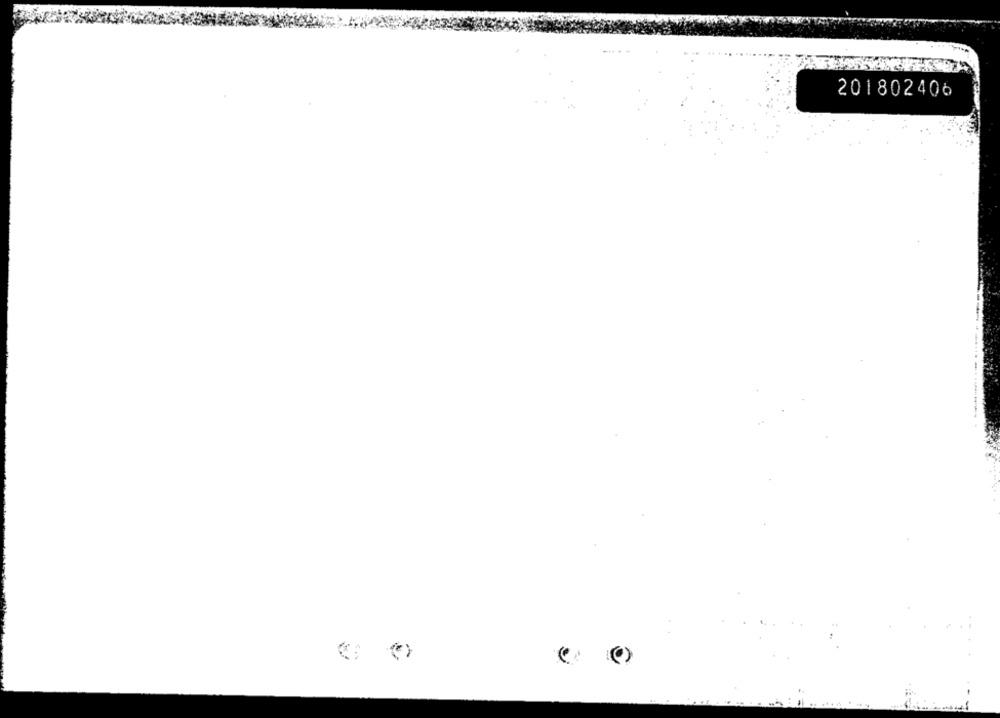
201802406